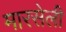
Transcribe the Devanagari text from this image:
मारसेली